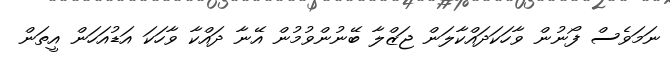
ނަމަވެސް ފޯނުން ވާހަކަދައްކާލަން ޖަޒްލާ ބޭނުންވުމުން އޭނާ ދައްކާ ވާހަކަ އަޑުއަހަން އީތަން